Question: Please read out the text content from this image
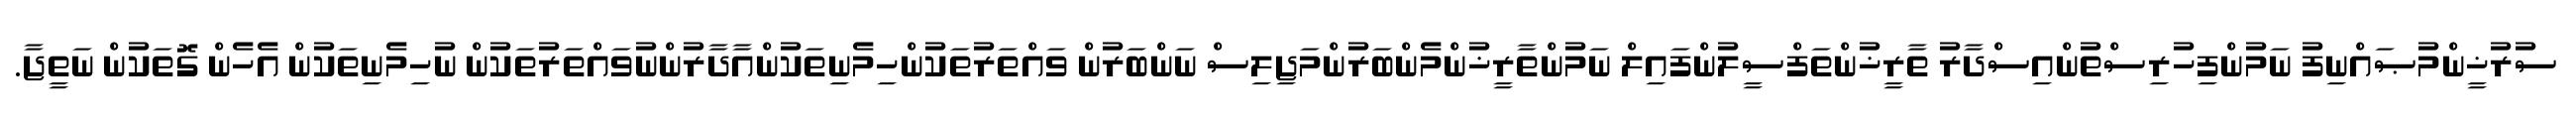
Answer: ސުރުޚީންމުޞައްނިފު ނަމުންފިހުރިސްތުންއިސްދާރު ތާރީޚުންތަފްސީލުންފައިލް ނަމުންތާރީޚުންމެންބަރުންމަޖިލިސް ނަންބަރުން ވައްތަރުތަކުންހިމެނިތަކުންއާދާރުންނުވައްތަރުތަކުން ނުހިމެނިތަކުން އެހެން ގޮތަކުން ނަތީޖާ.